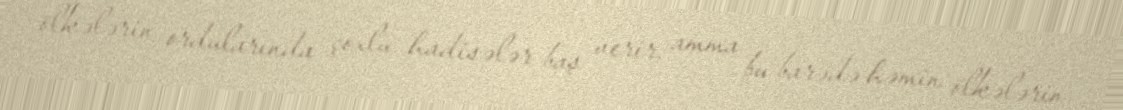
ölkələrin ordularında çoxlu hadisələr baş verir, amma bu barədə həmin ölkələrin